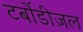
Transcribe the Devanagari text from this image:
टर्बोडीज़ल